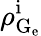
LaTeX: \rho_{\mathrm{G}_{\mathrm{e}}}^{\mathrm{i}}